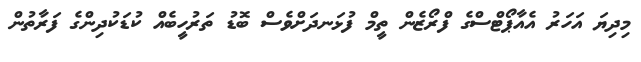
މިދިޔަ އަހަރު އެއާޕޯޓްސްގެ ފްރޯޒެން ތީމް ފުޅަނދަށްވެސް ބޮޑު ތަރުހީބެއް ކުޑަކުދިންގެ ފަރާތުން